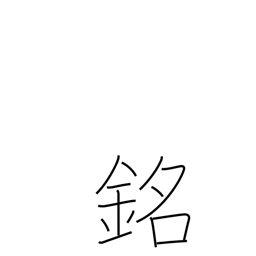
Meaning: inscription